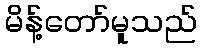
မိန့်တော်မူသည်